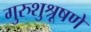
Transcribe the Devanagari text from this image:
गुरुशुश्रूषणे